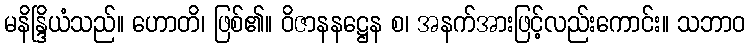
မနိန္ဒြိယံသည်။ ဟောတိ၊ ဖြစ်၏။ ဝိဇာနနဋ္ဌေန စ၊ အနက်အားဖြင့်လည်းကောင်း။ သဘာဝ